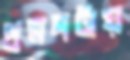
প্রসঙ্গটায়